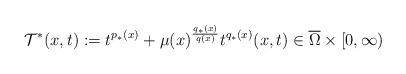
LaTeX: \begin{align*}\mathcal{T}^*(x,t):=t^{p_*(x)}+\mu(x)^{\frac{q_*(x)}{q(x)}}t^{q_*(x)}(x,t)\in \overline{\Omega}\times [0,\infty)\end{align*}